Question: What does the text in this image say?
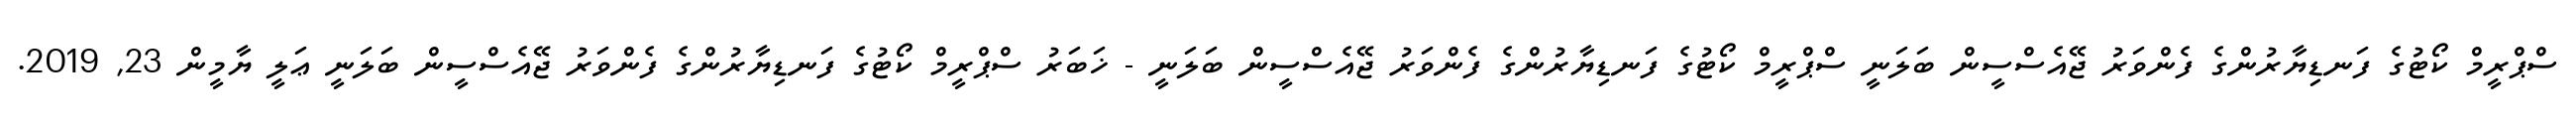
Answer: ސްޕްރީމް ކޯޓުގެ ފަނޑިޔާރުންގެ ފެންވަރު ޖޭއެސްސީން ބަލަނީ ސްޕްރީމް ކޯޓުގެ ފަނޑިޔާރުންގެ ފެންވަރު ޖޭއެސްސީން ބަލަނީ - ޚަބަރު ސްޕްރީމް ކޯޓުގެ ފަނޑިޔާރުންގެ ފެންވަރު ޖޭއެސްސީން ބަލަނީ ޢަލީ ޔާމީން 23, 2019.